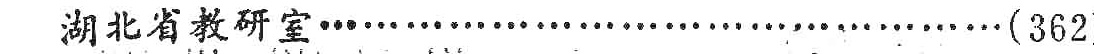
湖北省教研室\ldots\ldots\ldots\ldots\ldots\ldots\ldots\ldots\ldots\ldots\ldots\ldots\ldots(362)